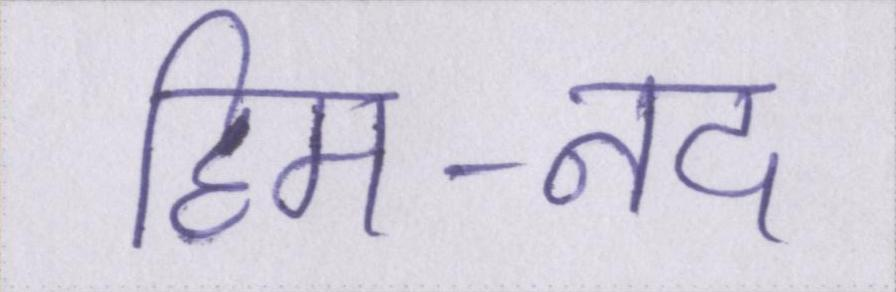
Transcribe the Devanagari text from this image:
हिम-नद